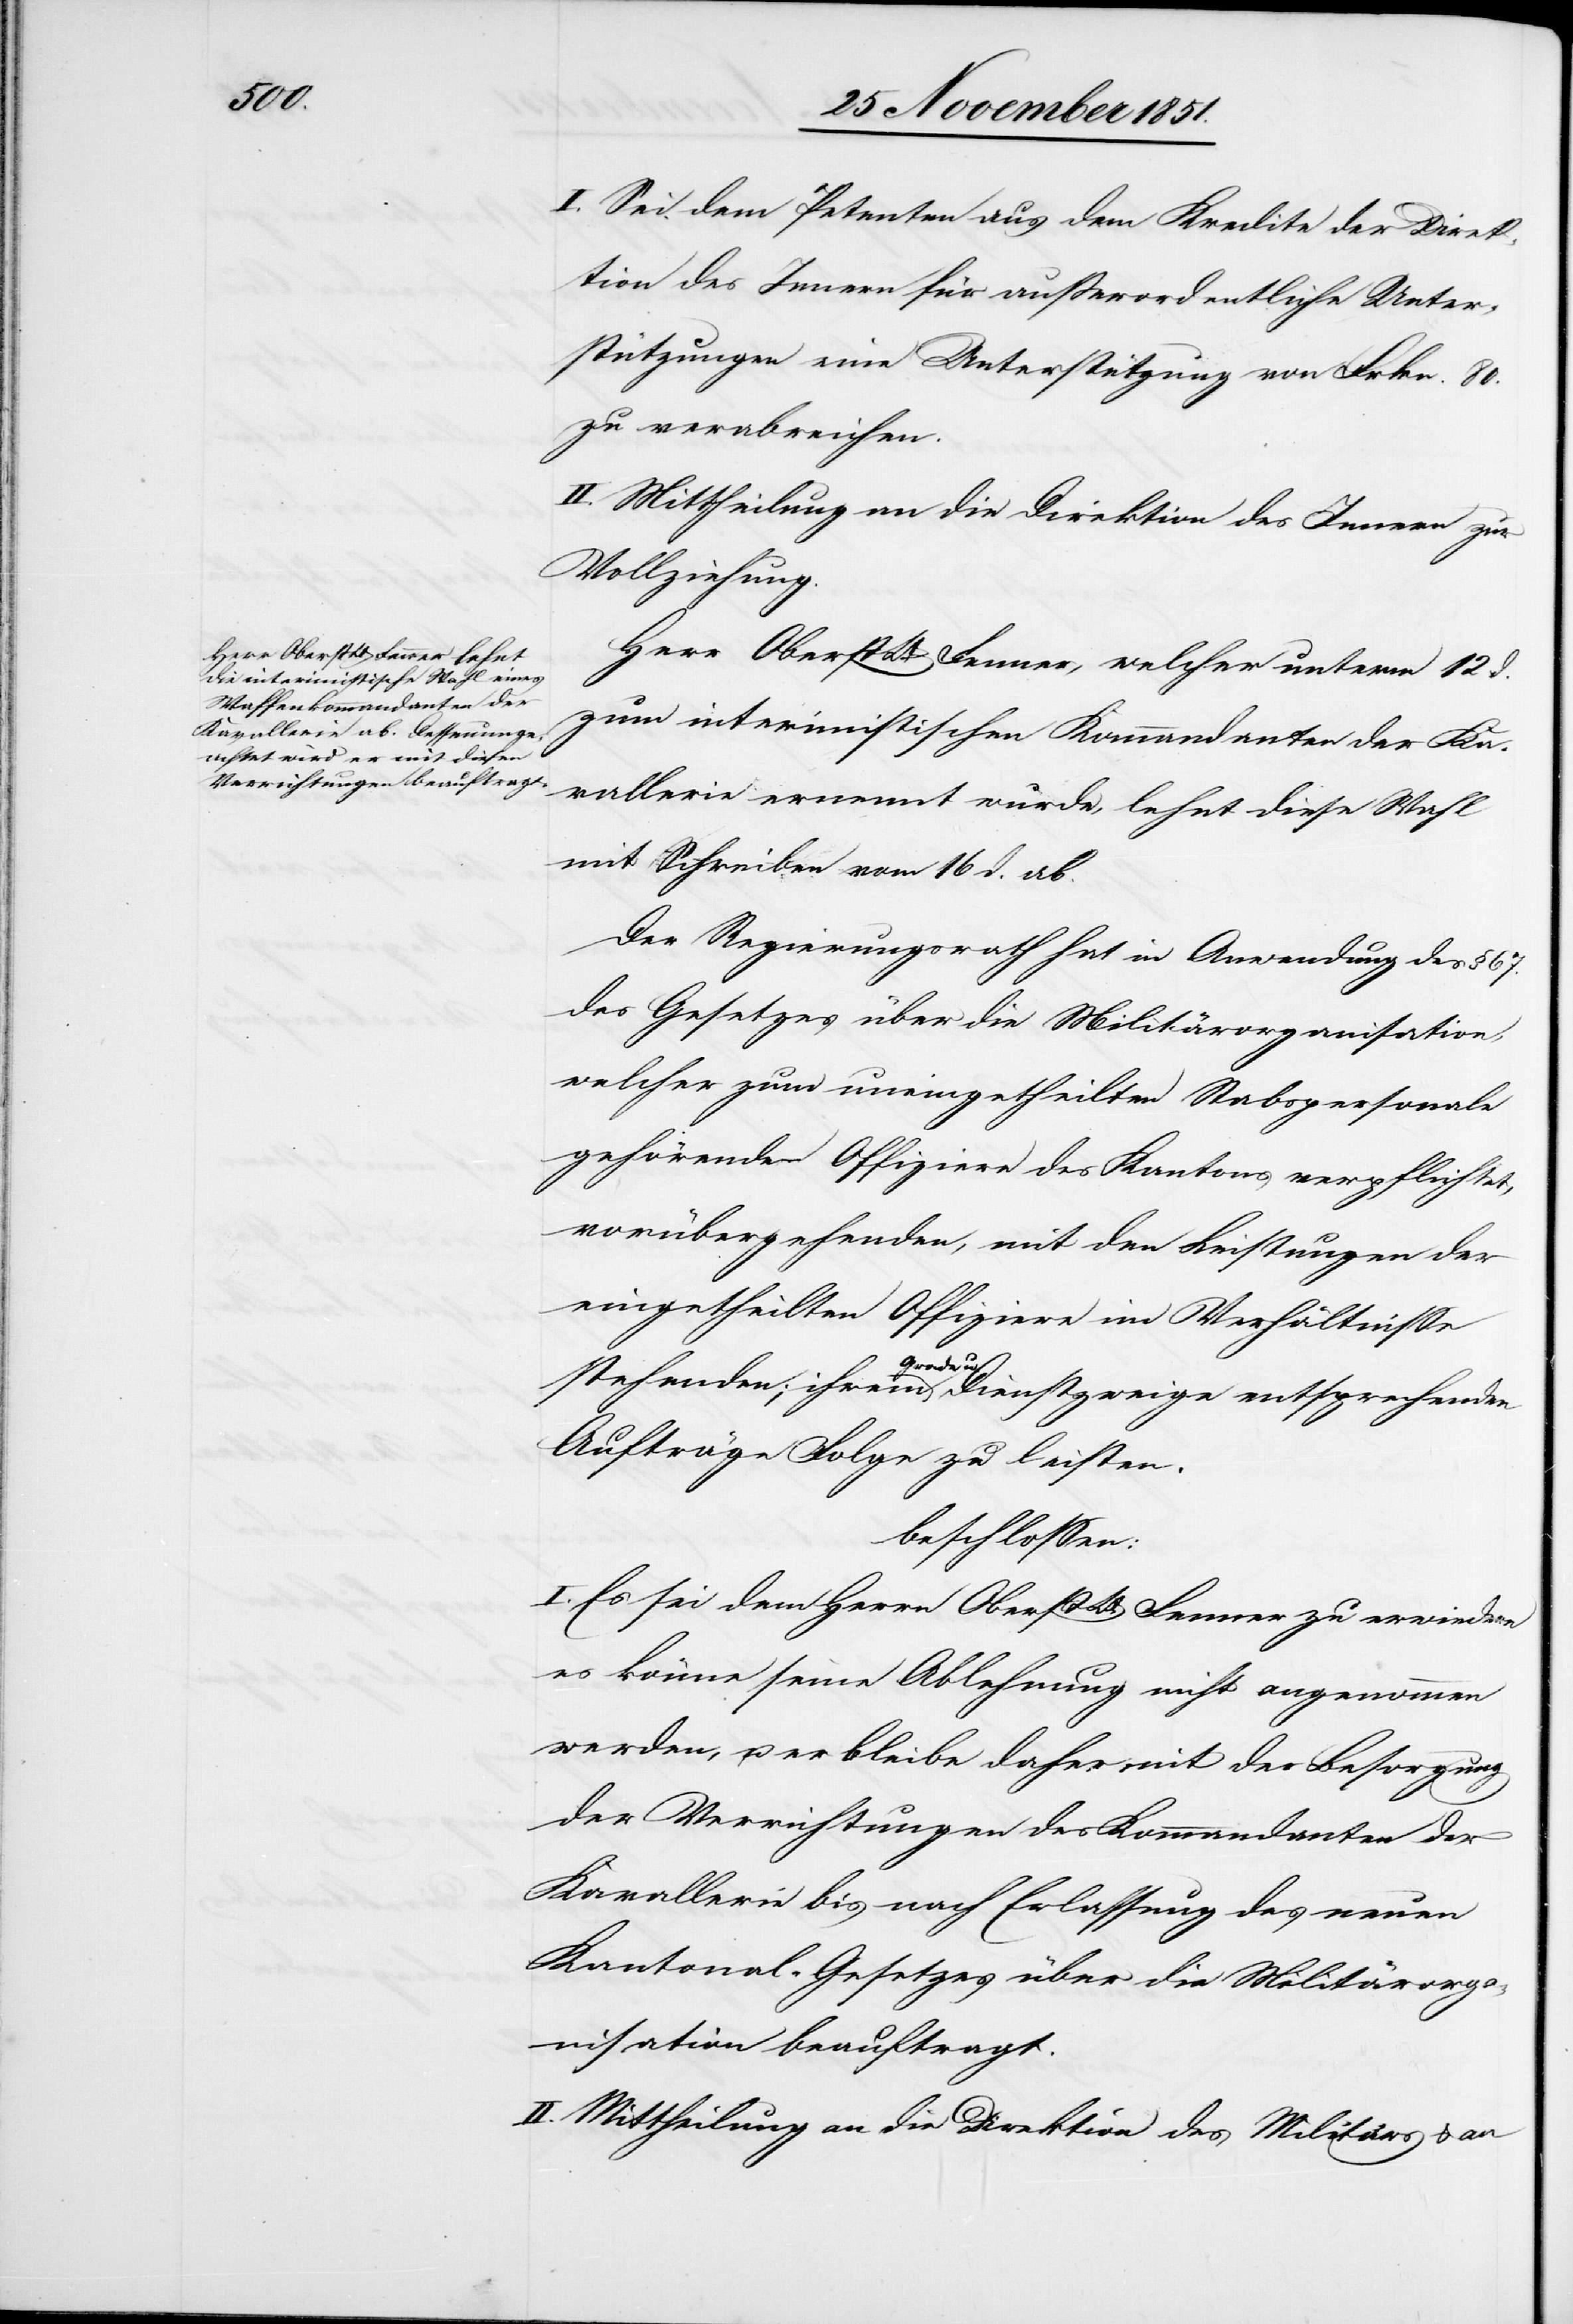
I. Sei dem Petenten aus dem Kredite der Direk¬
tion des Innern für außerordentliche Unter¬
stützungen eine Unterstützung von Frkn. 80.
zu verabreichen.
II. Mittheilung an die Direktion des Innern zur
Vollziehung.
Herr Oberst Lt. Fenner, welcher unterm 12 d.
zum interimistischen Kommandanten der Ka¬
vallerie ernennt wurde, lehnt diese Wahl
mit Schreiben vom 16 d. ab.
Der Regierungsrath hat in Anwendung des § 67.
des Gesetzes über die Militärorganisation,
welcher zum uneingetheilten Stabspersonale
gehörende Offiziere des Kantons verpflichtet,
vorübergehenden, mit den Leistungen der
eingetheilten Offiziere im Verhältnisse
Grade u.
Aufträge[n] Folge zu leisten.
beschlossen:
I. Es sei dem Herrn OberstLt. Fenner zu erwiedern
es könne seine Ablehnung nicht angenommen
werden, u. er bleibe daher mit der Besorgung
der Verrichtungen des Kommandanten der
Kavallerie bis nach Erlassung des neuen
Kantonal-Gesetzes über die Militärorg¬
anisation beauftragt.
II. Mittheilung an die Direktion des Militärs & an